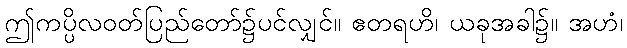
ဤကပ္ပိလဝတ်ပြည်တော်၌ပင်လျှင်။ ဧတရဟိ၊ ယခုအခါ၌။ အဟံ၊